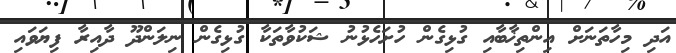
އަދި މިހާތަނަށް އިންތިޚާބާއި ގުޅިގެން ހުށަހެޅުނު ޝަކުވާތަކާ ގުޅިގެން ނިލަންދޫ ދާއިރާ ފިޔަވައި